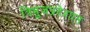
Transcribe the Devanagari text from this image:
त्रिभुजप्रदेशात